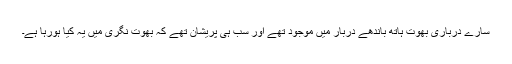
سارے درباری بھوت ہاتھ باندھے دربار میں موجود تھے اور سب ہی پریشان تھے کہ بھوت نگری میں یہ کیا ہورہا ہے۔